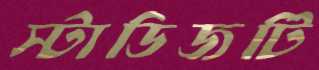
স্টাডিজটি